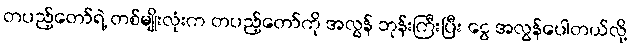
တပည့်တော်ရဲ့ တစ်မျိုးလုံးက တပည့်တော်ကို အလွန် ဘုန်းကြီးပြီး ငွေ အလွန်ပေါတယ်လို့